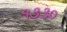
૧૩૩૦